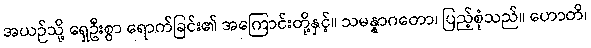
အယဉ်သို့ ရှေဦးစွာ ရောက်ခြင်း၏ အကြောင်းတို့နှင့်။ သမန္နာဂတော၊ ပြည့်စုံသည်။ ဟောတိ၊